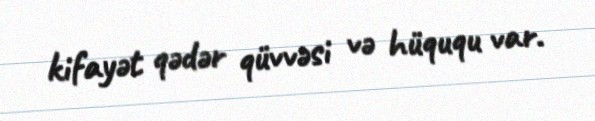
kifayət qədər qüvvəsi və hüququ var.